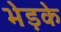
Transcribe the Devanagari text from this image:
भेड़के